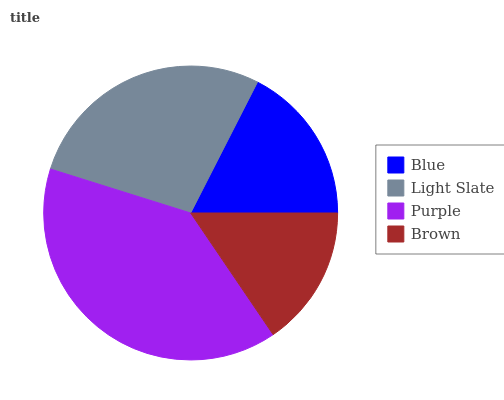
| Blue | Light Slate | Purple | Brown |
 | --- | --- | --- | --- |
 | 17.5% | 27.7% | 39.3% | 15.5% |